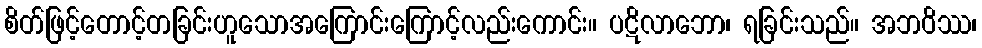
စိတ်ဖြင့်တောင့်တခြင်းဟူသောအကြောင်းကြောင့်လည်းကောင်း။ ပဋိလာဘော၊ ရခြင်းသည်။ အဘဝိဿ၊